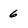
Character: 6